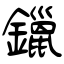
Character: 鑞